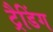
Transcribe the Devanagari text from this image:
ट्रैडिंग